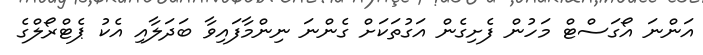
އަންނަ އޯގަސްޓް މަހުން ފެށިގެން އަގުތަކަށް ގެންނަ ނިންމާފައިވާ ބަދަލާއި އެކު ޕެޓްރޯލްގެ